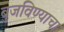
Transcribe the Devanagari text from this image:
बुजविण्याचा